Vaccine operations Central Provinces & Berar 1912-1920 - 1912-1920
Year: 1912
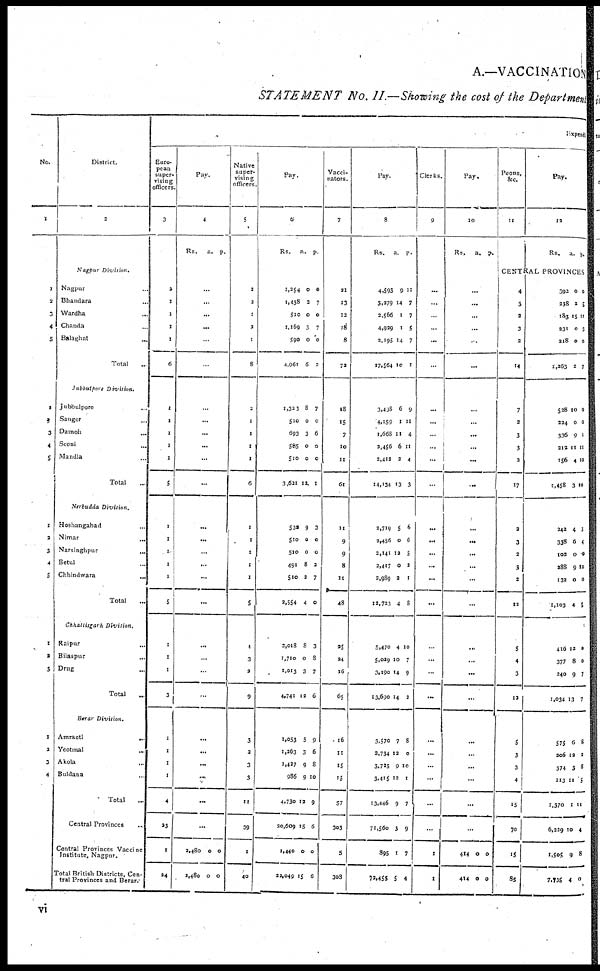
A.—VACCINATION
STATEMENT
No. II.—Showing the cost of the Department
No.
1
1
2
3
4
5
1
2
3
4
5
1
2
3
4
5
1
2
5
1
2
3
4
District.
2
Nagpur
Division.
Nagpur ...
Bhandara ...
Wardha ...
Chanda ...
Balaghat
...
Total ...
Jubbulpore Division.
Jubbulpore ...
Sangor ...
Damoh ...
Seoni
...
Mandla ...
Total ...
Nerbudda
Division.
Hoshangabad ...
Nimar ...
Narsinghpur ...
Betul ...
Chhindwara
...
Total ...
Chhattisgarh
Division.
Raipur ...
Bilaspur
...
Drug ...
Total ...
Berar
Division.
Amraoti
...
Yeotmal
...
Akola ...
Buldana ...
Total ...
Central Provinces ...
Central Provinces Vaccine
Institute, Nagpur.
Total British Districts, Cen-
tral Provinces and Berar.
Expendi
Euro-
pean
super-
vising
officers.
3
2
1
1
1
1
6
1
1
1
1
1
5
1
1
1
1
1
5
1
1
1
3
1
1
1
1
4
23
1
24
Pay.
4
Rs.
a. p.
...
...
...
...
...
...
...
...
...
...
...
...
...
...
...
...
...
...
...
...
...
...
...
...
...
...
...
...
2,480
2,480
0
0
0
0
Native
super-
vising
officers.
5
2
2
1
2
1
8
2
1
1
1
1
6
...
...
...
...
...
5
4
3
2
9
3
2
3
3
11
39
1
40
Pay.
6
Rs.
1,254
1,438
510
1,169
590
4,961
1,323
510
693
585
510
3,621
532
510
510
491
510
2,554
2,018
1,710
1,013
4,741
1,053
1,263
1,427
986
4,730
20,609
1,440
22,049
a.
0
2
0
3
0
6
8
0
3
0
0
12
9
0
0
8
2
4
8
0
3
12
5
3
9
9
12
15
0
15
p.
0
7
0
7
0
2
7
0
6
0
0
1
3
0
0
2
7
0
3
8
7
6
9
6
8
10
9
6
0
6
Vacci-
nators.
7
21
13
12
18
8
72
18
15
7
10
11
61
11
9
9
8
11
48
25
24
16
65
16
11
15
15
57
303
5
308
Pay.
8
Rs.
4,595
3,279
2,566
4,929
2,195
17,564
3,438
4,159
1,668
2,456
2,412
14,134
2,719
2,456
2,141
2,417
2,989
12,723
5,470
5,029
3,190
13,690
3,570
2,734
3,725
3,415
13,446
71,560
895
72,455
a.
9
14
1
1
14
10
6
1
11
6
2
13
5
0
12
0
2
4
4
10
14
14
7
12
9
12
9
3
1
5
p.
11
7
7
5
7
1
9
11
4
11
4
3
6
6
5
2
1
8
10
7
9
2
8
0
10
1
7
9
7
4
Clerks.
9
...
...
...
...
...
...
...
...
...
...
...
...
...
...
...
...
...
...
...
...
...
...
...
...
...
...
...
...
1
1
Pay.
10
Rs.
a.
p.
...
...
...
...
...
...
...
...
...
...
...
...
...
...
...
...
...
...
...
...
...
...
...
...
...
...
...
...
414
414
0
0
0
0
Peons,
&c.
11
Pay.
12
Rs.
a. p.
CENTRAL PROVINCES
4
3
2
3
2
14
7
3
3
3
2
17
2
3
2
3
3
12
5
4
3
12
5
3
3
4
15
70
15
85
392
238
183
231
218
1,263
528
224
336
212
156
1,458
242
338
102
288
132
1,103
416
377
240
1,034
575
206
374
213
1,370
6,229
1,505
7,735
0
2
5
0
0
2
10
0
9
11
4
3
4
6
0
9
0
4
12
8
9
13
6
12
3
11
1
10
9
4
0
5
11
3
0
1
0
0
1
11
10
10
3
4
0
10
0
5
0
0
7
7
8
2
8
5
11
4
8
0
vi